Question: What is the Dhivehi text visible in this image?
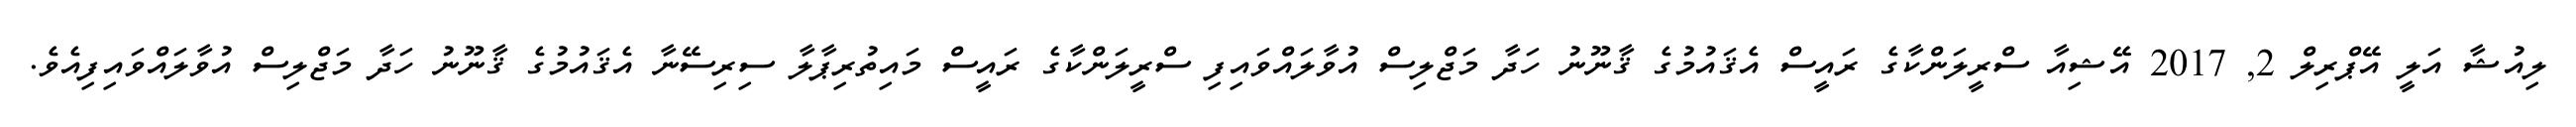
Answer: ލިއުޝާ އަލީ އޭޕްރިލް 2, 2017 އޭޝިއާ ސްރީލަންކާގެ ރައީސް އެޤައުމުގެ ޤާނޫނު ހަދާ މަޖްލިސް އުވާލައްވައިފި ސްރީލަންކާގެ ރައީސް މައިތުރިޕާލާ ސިރިސޭނާ އެޤައުމުގެ ޤާނޫނު ހަދާ މަޖްލިސް އުވާލައްވައިފިއެވެ.